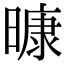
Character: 𭧠